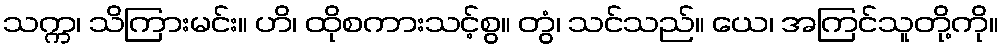
သက္က၊ သိကြားမင်း။ ဟိ၊ ထိုစကားသင့်စွ။ တွံ၊ သင်သည်။ ယေ၊ အကြင်သူတို့ကို။